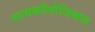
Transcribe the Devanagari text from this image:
सायकॉलोजिकल